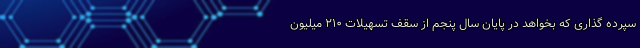
سپرده گذاری که بخواهد در پایان سال پنجم از سقف تسهیلات ۲۱۰ میلیون